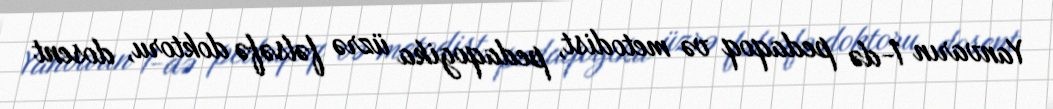
Yanvarın 1-də pedaqoq və metodist, pedaqogika üzrə fəlsəfə doktoru, dosent